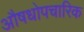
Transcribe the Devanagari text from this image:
औषधोपचारिक